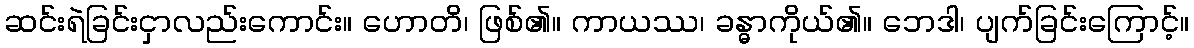
ဆင်းရဲခြင်းငှာလည်းကောင်း။ ဟောတိ၊ ဖြစ်၏။ ကာယဿ၊ ခန္ဓာကိုယ်၏။ ဘေဒါ၊ ပျက်ခြင်းကြောင့်။